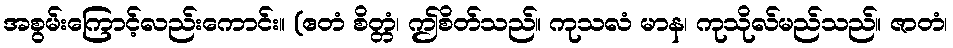
အစွမ်းကြောင့်လည်းကောင်း။ (ဧတံ စိတ္တံ၊ ဤစိတ်သည်။ ကုသလံ မာန၊ ကုသိုလ်မည်သည်။ ဇာတံ၊